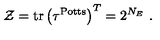
{ \cal Z } = \mathrm { t r } \left( \tau ^ { \mathrm { P o t t s } } \right) ^ { T } = 2 ^ { N _ { E } } \ .